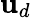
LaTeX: \mathbf{u}_{d}